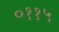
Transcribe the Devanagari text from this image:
०११५